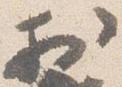
於